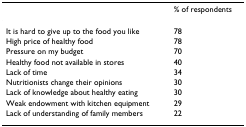
<table><thead><tr><td></td><td><b>% of respondents</b></td></tr></thead><tbody><tr><td>It is hard to give up to the food you like</td><td>78</td></tr><tr><td>High price of healthy food</td><td>78</td></tr><tr><td>Pressure on my budget</td><td>70</td></tr><tr><td>Healthy food not available in stores</td><td>40</td></tr><tr><td>Lack of time</td><td>34</td></tr><tr><td>Nutritionists change their opinions</td><td>30</td></tr><tr><td>Lack of knowledge about healthy eating</td><td>30</td></tr><tr><td>Weak endowment with kitchen equipment</td><td>29</td></tr><tr><td>Lack of understanding of family members</td><td>22</td></tr></tbody></table>